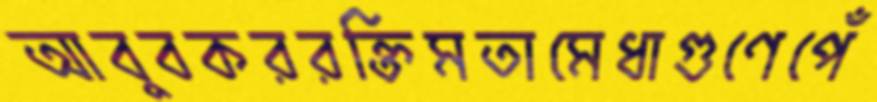
আবুবকররক্তিমতামেধাগুণেপেঁ